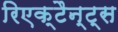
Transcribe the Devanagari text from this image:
रिएक्टैन्ट्स